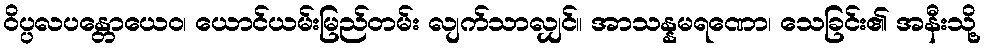
ဝိပ္ပလပန္တောယေဝ၊ ယောင်ယမ်းမြည်တမ်း လျက်သာလျှင်။ အာသန္နမရဏော၊ သေခြင်း၏ အနီးသို့